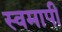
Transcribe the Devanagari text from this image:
स्वमापी